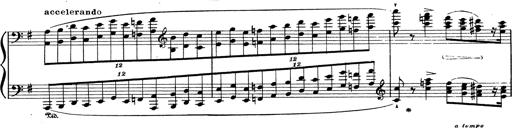
Title: Grosses Konzertsolo
Composer: Franz Liszt